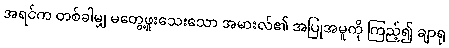
အရင်က တစ်ခါမျှ မတွေ့ဖူးသေးသော အမားလ်၏ အပြုအမူကို ကြည့်၍ ချာရု